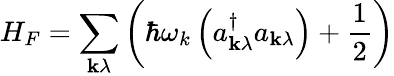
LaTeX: H_{F}=\sum_{\mathbf{k}\lambda}\left(\hbar\omega_{k}\left(a_{\mathbf{k}\lambda}^{\dagger}a_{\mathbf{k}\lambda}\right)+{\frac{1}{2}}\right)